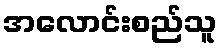
အလောင်းစည်သူ